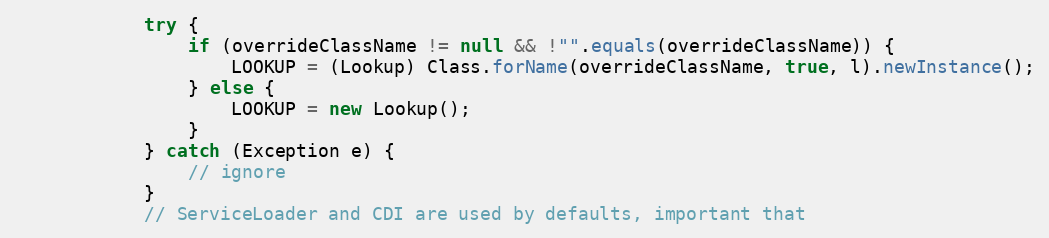
Language: Java
            try {
                if (overrideClassName != null && !"".equals(overrideClassName)) {
                    LOOKUP = (Lookup) Class.forName(overrideClassName, true, l).newInstance();
                } else {
                    LOOKUP = new Lookup();
                }
            } catch (Exception e) {
                // ignore
            }
            // ServiceLoader and CDI are used by defaults, important that